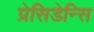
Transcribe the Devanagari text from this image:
प्रेसिडेन्सि